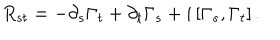
R _ { s t } = - \partial _ { s } \Gamma _ { t } + \partial _ { t } \Gamma _ { s } + i \left[ \Gamma _ { s } , \Gamma _ { t } \right] .